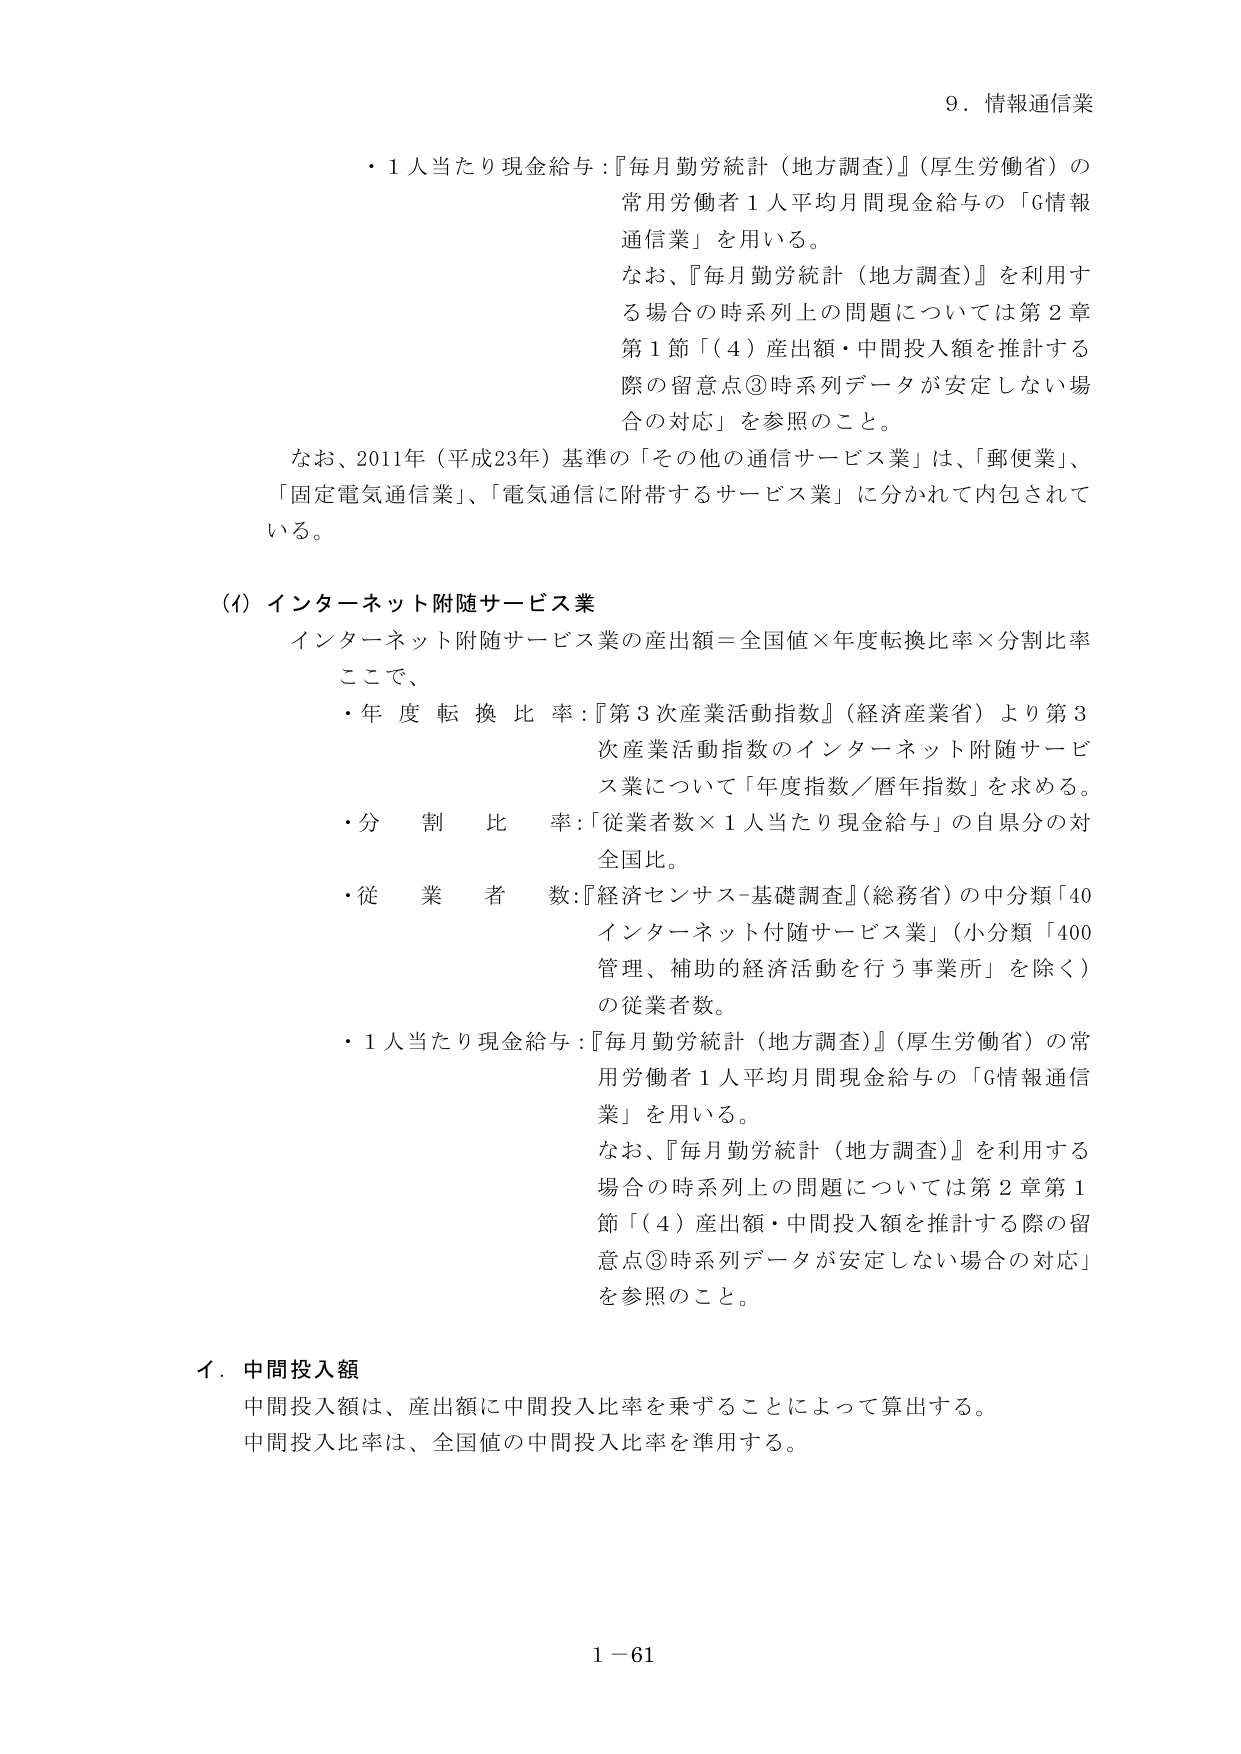
9．情報通信業

・1人当たり現金給与：『毎月勤労統計（地方調査）』（厚生労働省）の
常用労働者1人平均月間現金給与の「G情報
通信業」を用いる。
なお、『毎月勤労統計（地方調査）』を利用する
場合の時系列上の問題については第2章
第1節「（4）産出額・中間投入額を推計する
際の留意点③時系列データが安定しない場
合の対応」を参照のこと。

なお、2011年（平成23年）基準の「その他の通信サービス業」は、「郵便業」、
「固定電気通信業」、「電気通信に附帯するサービス業」に分かれて内包されて
いる。

（イ）インターネット附随サービス業

インターネット附随サービス業の産出額＝全国値×年度転換比率×分割比率
ここで、
・年度転換比率：『第3次産業活動指数』（経済産業省）より第3
次産業活動指数のインターネット附随サービ
ス業について「年度指数／暦年指数」を求める。
・分割比率：「従業者数×1人当たり現金給与」の自県分の対
全国比。
・従業者数：『経済センサス-基礎調査』（総務省）の中分類「40
インターネット付随サービス業」（小分類「400
管理、補助的経済活動を行う事業所」を除く）
の従業者数。
・1人当たり現金給与：『毎月勤労統計（地方調査）』（厚生労働省）の常
用労働者1人平均月間現金給与の「G情報通信
業」を用いる。
なお、『毎月勤労統計（地方調査）』を利用する
場合の時系列上の問題については第2章第1
節「（4）産出額・中間投入額を推計する際の留
意点③時系列データが安定しない場合の対応」
を参照のこと。

イ．中間投入額

中間投入額は、産出額に中間投入比率を乗ずることによって算出する。
中間投入比率は、全国値の中間投入比率を準用する。

1－61